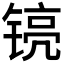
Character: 𮸘